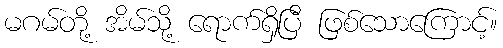
မဂမ်တို့ အိမ်သို့ ရောက်ရှိပြီ ဖြစ်သောကြောင့်။